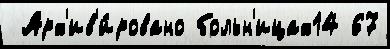
 Арх'ив'и́ровано больн'ицах14 67